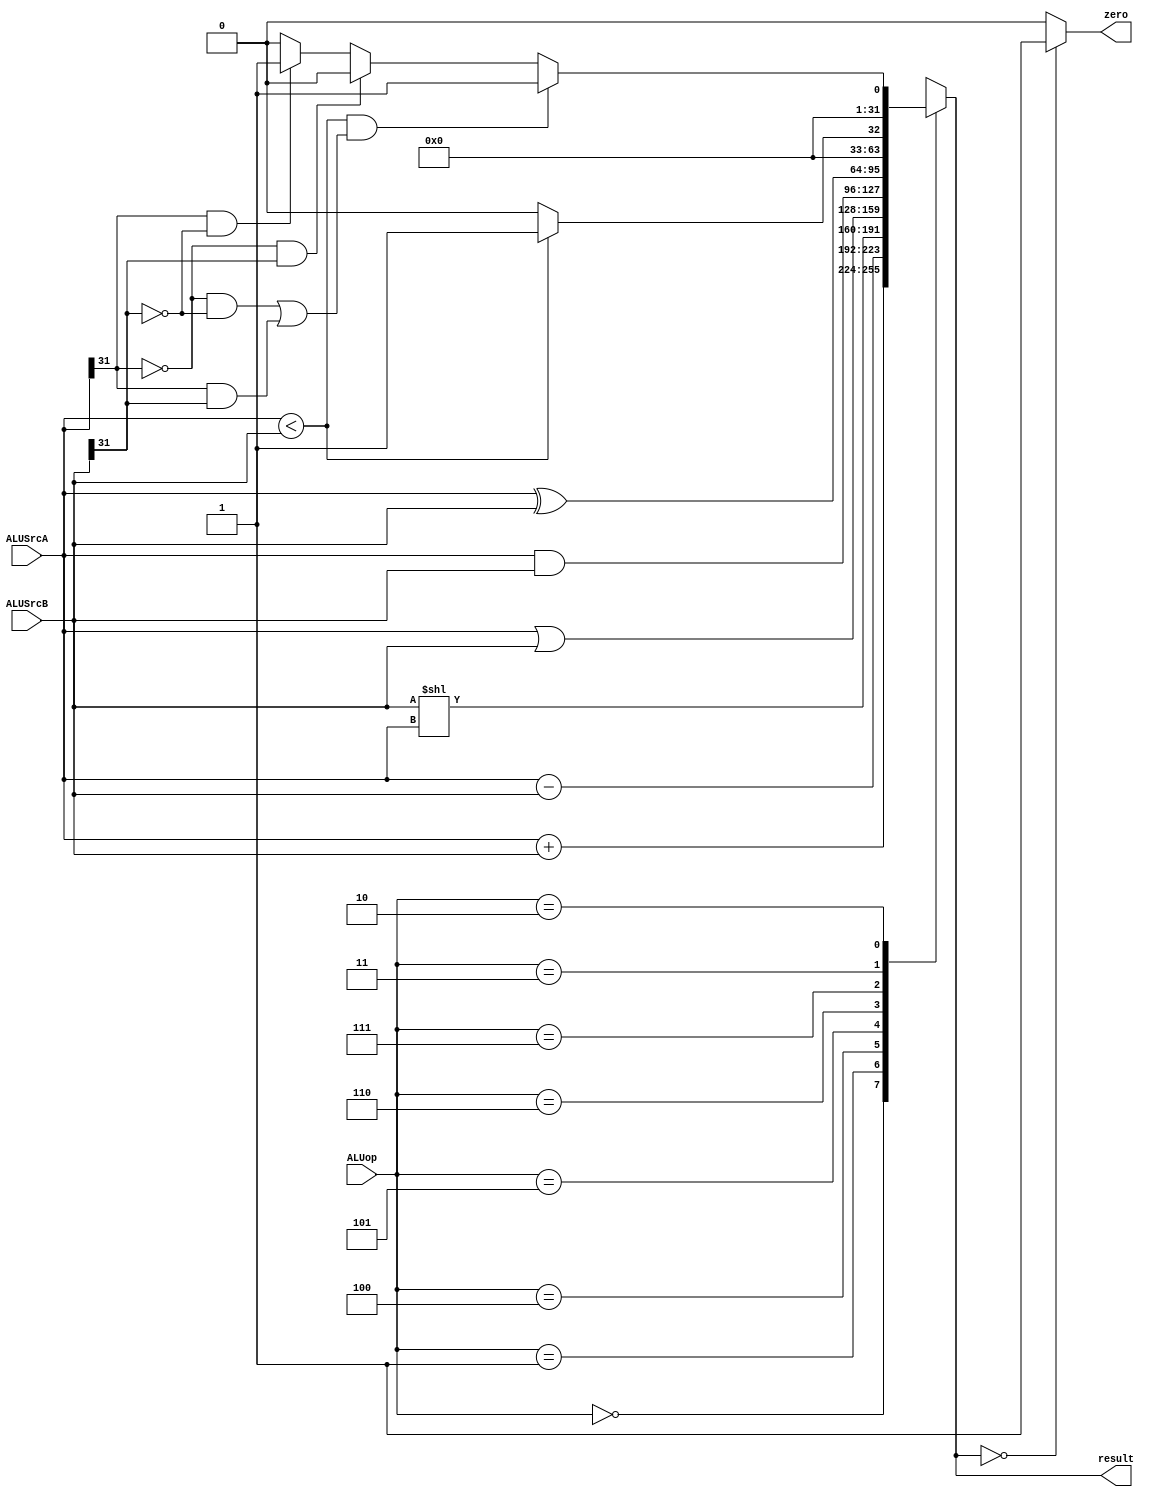
`timescale 1ns / 1ps
//////////////////////////////////////////////////////////////////////////////////
// Company: 
// Engineer: 
// 
// Design Name: 
// Module Name:    ALU 
// Project Name: 
// Target Devices: 
// Tool versions: 
// Description: 
//
// Dependencies: 
//
// Revision: 
// Revision 0.01 - File Created
// Additional Comments: 
//
//////////////////////////////////////////////////////////////////////////////////
//readData1, readData2, immediate_32, sa, ALUSrcB, ALUSrcA, ALUop, zero, result
module ALU(
    input [31:0] ALUSrcA,
    input [31:0] ALUSrcB,
    input [2:0] ALUop,
    output zero,
    output reg[31:0] result
    );
	 
    always@( ALUop or ALUSrcA or ALUSrcB) begin
		case( ALUop )
			3'b000: result = ALUSrcA + ALUSrcB;
			3'b001: result = ALUSrcA - ALUSrcB;
			3'b100: result = ALUSrcB << ALUSrcA;
			3'b101: result = ALUSrcA | ALUSrcB;
			3'b110: result = ALUSrcA & ALUSrcB;
			3'b111: result = ALUSrcA ^ ALUSrcB; //
			3'b011: result = (ALUSrcA < ALUSrcB) ? 1 : 0;
            3'b010: begin //AB
                if (ALUSrcA < ALUSrcB &&((ALUSrcA[31] == 0 && ALUSrcB[31]==0) || (ALUSrcA[31] == 1 && ALUSrcB[31]==1))) result = 1;
                else if (ALUSrcA[31] == 0 && ALUSrcB[31]==1)  result = 0;
                else if (ALUSrcA[31] == 1 && ALUSrcB[31]==0)  result = 1;
                else result = 0;
		    end
		endcase 
	end
	assign zero = (result == 0) ? 1 : 0;
endmodule